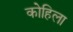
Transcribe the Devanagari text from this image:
कोहिला